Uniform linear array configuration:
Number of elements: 64
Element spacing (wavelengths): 0.5
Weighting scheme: hann
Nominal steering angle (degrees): -30
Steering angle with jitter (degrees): -31.923
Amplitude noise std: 0.05
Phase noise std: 0.05

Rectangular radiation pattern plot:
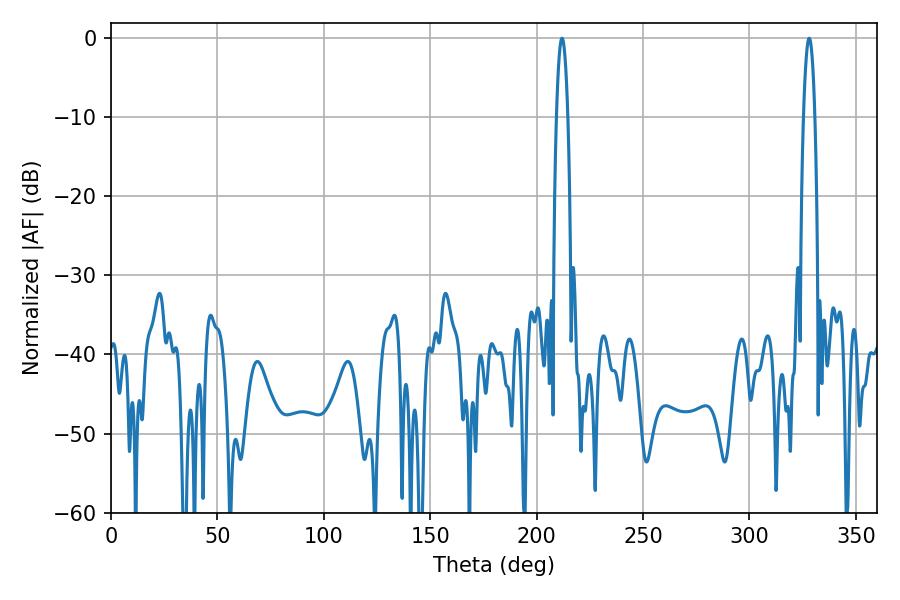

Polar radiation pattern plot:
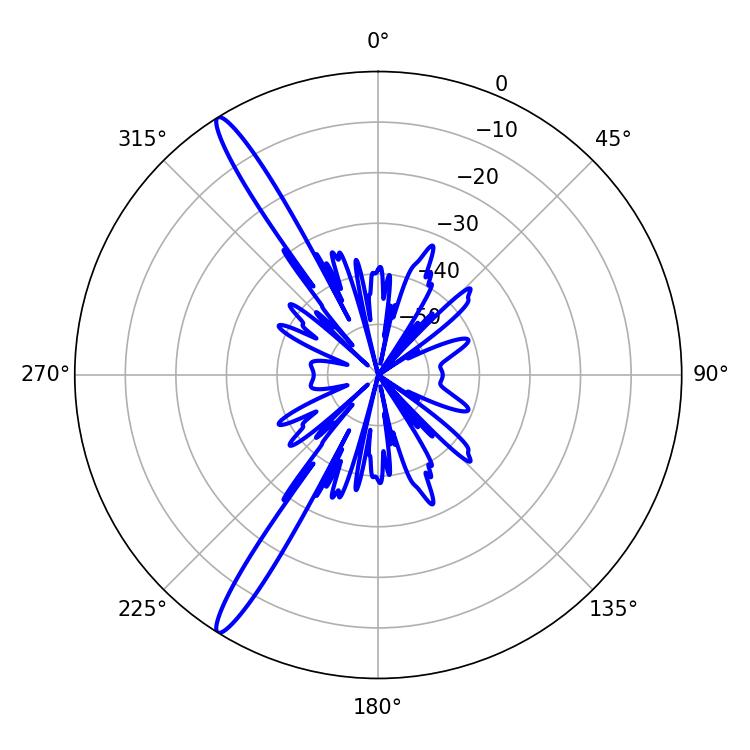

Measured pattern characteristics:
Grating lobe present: FALSE
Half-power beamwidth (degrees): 3.06
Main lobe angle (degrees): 328.14